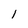
Character: l